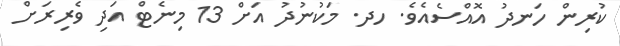
ކުރިން ހަނދު އޮއްސެއެވެ. ހދ. މަކުނުދު އަށް 13 މިނެޓް އަދި ވެރިރަށް